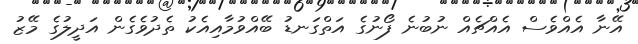
އޭނާ އެއްވެސް އެއްޗެއް ނުބުނެ ފޯނުގެ އަތްގަނޑު ބޭއްވުމާއިއެކު ތެދުވެގެން އަދީލުގެ މޭޒު